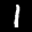
Label: 1